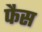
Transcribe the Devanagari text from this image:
फैस